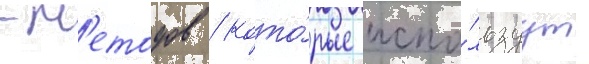
-м'етодов / кото́рые испо́льзуут